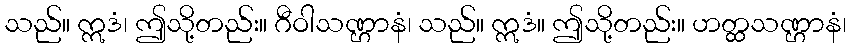
သည်။ ဣဒံ၊ ဤသို့တည်း။ ဂီဝါသဏ္ဌာနံ၊ သည်။ ဣဒံ။ ဤသို့တည်း။ ဟတ္ထသဏ္ဌာနံ၊